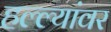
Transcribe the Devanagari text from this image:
हल्ल्यांवर